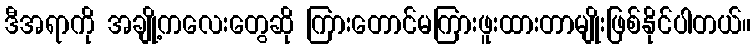
ဒီအရာကို အချို့ကလေးတွေဆို ကြားတောင်မကြားဖူးထားတာမျိုးဖြစ်နိုင်ပါတယ်။